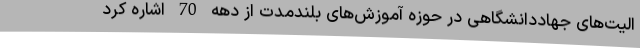
الیت‌های جهاددانشگاهی در حوزه آموزش‌های بلندمدت از دهه 70 اشاره کرد